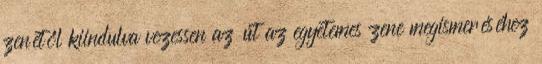
zenétől kiindulva vezessen az út az egyetemes zene megismeréséhez